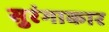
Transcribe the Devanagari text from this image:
सुरंगाकार